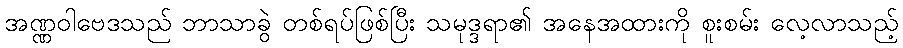
အဏ္ဏဝါဗေဒသည် ဘာသာခွဲ တစ်ရပ်ဖြစ်ပြီး သမုဒ္ဒရာ၏ အနေအထားကို စူးစမ်း လေ့လာသည့်